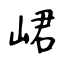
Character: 峮